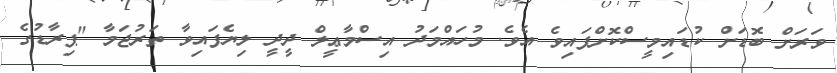
ވަރަށް ބޮޑަށް ކުޑައިމީސްކޮށްފައިވެ އެވެ. މުހައްމަދު އިސްމާޢީލް ދީދީ ލިޔެފައިވާ ތަރުޖަމާ "ޕިރާޑުގެ